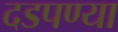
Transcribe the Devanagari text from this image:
दडपण्या